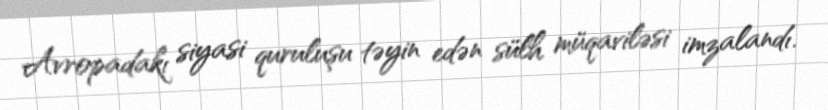
Avropadakı siyasi quruluşu təyin edən sülh müqaviləsi imzalandı.